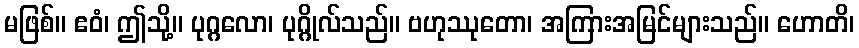
မဖြစ်။ ဧဝံ၊ ဤသို့။ ပုဂ္ဂလော၊ ပုဂ္ဂိုလ်သည်။ ဗဟုဿုတော၊ အကြားအမြင်များသည်။ ဟောတိ၊